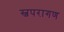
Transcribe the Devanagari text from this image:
स्वपरागण